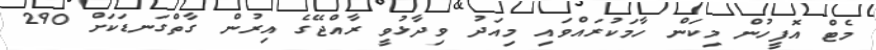
މެޓް އޮފީހުން މިކަން ހާމަކުރައްވައި މިއަދު ވިދާޅުވީ ރާއްޖޭގެ އިރުން ގާތްގަނޑަކަށް 290